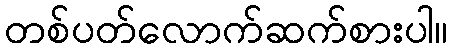
တစ်ပတ်လောက်ဆက်စားပါ။